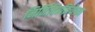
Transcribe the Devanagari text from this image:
निर्मितिप्रक्रियेच्या